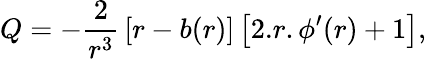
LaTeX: Q=-{\frac{2}{r^{3}}}\left[r-b(r)\right]\left[2.r.{\phi^{\prime}(r)}+1\right],